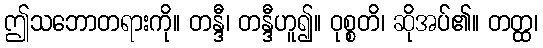
ဤသဘောတရားကို။ တန္ဒီ၊ တန္ဒီဟူ၍။ ဝုစ္စတိ၊ ဆိုအပ်၏။ တတ္ထ၊